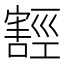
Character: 𭔛